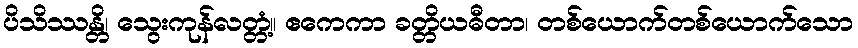
ပိသိဿန္တိ၊ သွေးကုန်လတ္တံ့။ ဧကေကာ ခတ္တိယဓီတာ၊ တစ်ယောက်တစ်ယောက်သော